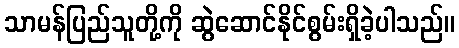
သာမန်ပြည်သူတို့ကို ဆွဲဆောင်နိုင်စွမ်းရှိခဲ့ပါသည်။